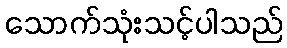
သောက်သုံးသင့်ပါသည်